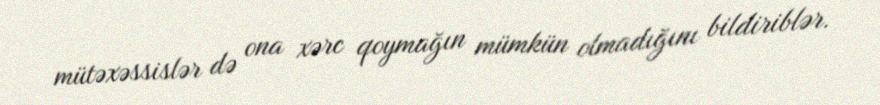
mütəxəssislər də ona xərc qoymağın mümkün olmadığını bildiriblər.